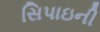
સિપાઇની